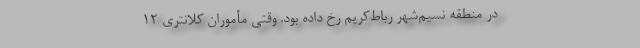
در منطقه نسیم‌شهر رباط‌کریم رخ داده بود. وقتی مأموران کلانتری ۱۲